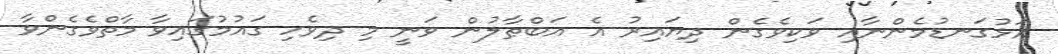
އަޅުގަނޑުމެންނާއި ވަކިވެގެން ދިޔައިރު އެ އަބްޠާލުން ވަނީ މި ދިވެހި ގައުމުގައިވާ މާތްވެގެންވާ